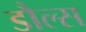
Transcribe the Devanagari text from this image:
डौल्स